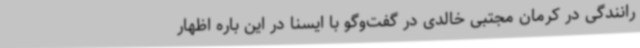
رانندگی در کرمان مجتبی خالدی در گفت‌وگو با ایسنا در این باره اظهار